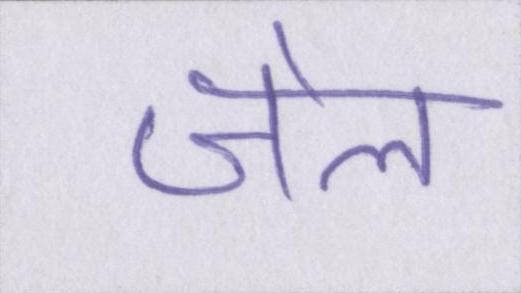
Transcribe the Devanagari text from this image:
जेल